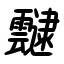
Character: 靆